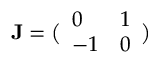
{ \mathbf { J } } = \bigl ( \begin{array} { l l } { 0 } & { 1 } \\ { - 1 } & { 0 } \end{array} \bigr )